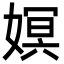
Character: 嫇